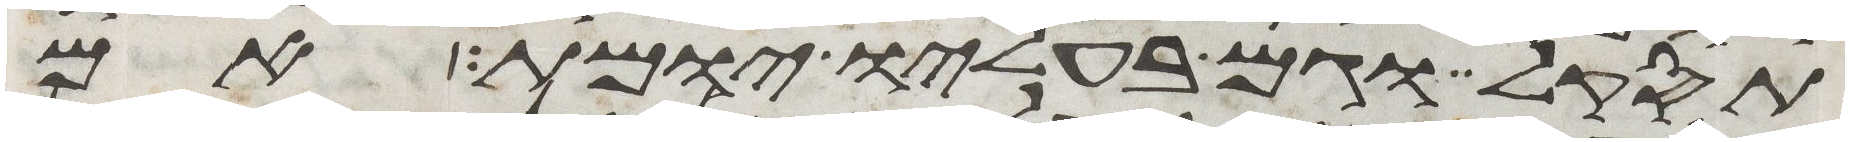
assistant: תסקל וגם בעליו יומת אם